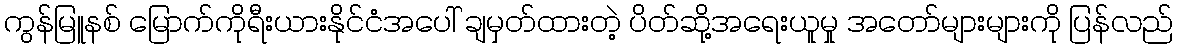
ကွန်မြူနစ် မြောက်ကိုရီးယားနိုင်ငံအပေါ် ချမှတ်ထားတဲ့ ပိတ်ဆို့အရေးယူမှု အတော်များများကို ပြန်လည်